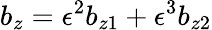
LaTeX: b_{z}=\epsilon^{2}b_{z1}+\epsilon^{3}b_{z2}